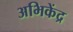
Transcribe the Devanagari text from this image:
अभिकेंद्र